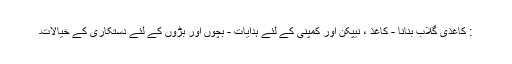
: کاغذی گلاب بنانا - کاغذ ، نیپکن اور کمپنی کے لئے ہدایات - بچوں اور بڑوں کے لئے دستکاری کے خیالات۔